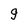
Character: g